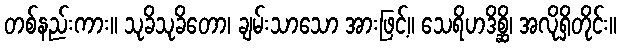
တစ်နည်းကား။ သုခိသုခိတော၊ ချမ်းသာသော အားဖြင့်။ သေရိဟဒိစ္ဆိ၊ အလိုရှိတိုင်း။